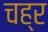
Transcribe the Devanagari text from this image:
चह्र